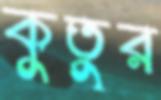
কুতুর